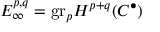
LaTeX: E _ { \infty } ^ { p , q } = { \mathrm { g r } } _ { p } H ^ { p + q } ( C ^ { \bullet } )